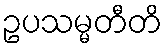
ဥပသမ္မတီတိ